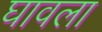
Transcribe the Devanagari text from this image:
घावला